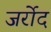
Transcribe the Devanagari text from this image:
जर्रोद